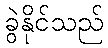
ခွဲနိုင်သည်